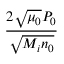
\frac { 2 \sqrt { \mu _ { 0 } } P _ { 0 } } { \sqrt { M _ { i } n _ { 0 } } }